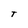
Character: T